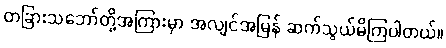
တခြားသဘော်တို့အကြားမှာ အလျင်အမြန် ဆက်သွယ်မိကြပါတယ်။